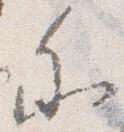
参